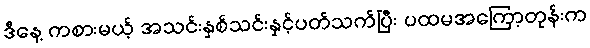
ဒီနေ့ ကစားမယ့် အသင်းနှစ်သင်းနှင့်ပတ်သက်ပြီး ပထမအကြော့တုန်းက